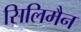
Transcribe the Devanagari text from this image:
सिलिमैन